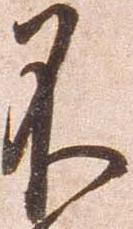
不